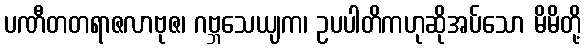
ပဏီတတရာဇလာဗုဇ၊ ဂဗ္ဘသေယျက၊ ဥပပါတိကဟုဆိုအပ်သော မိမိတို့